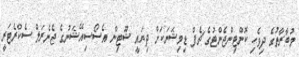
މުބާރާތުގެ ދިވެހި ކޮންޓިންޖެންޓުގެ ޗެފް ޑިމިޝަނަކަށް ދިޔައީ ޝޫޓިން އެސޯސިއޭޝަނުގެ ޖެނެރަލް ސެކްރެޓަރީ